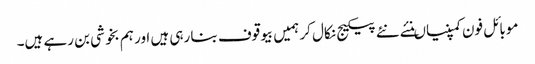
موبائل فون کمپنیاںنئے نئے پیکیج نکال کر ہمیں بیوقوف بنا رہی ہیں اور ہم بخوشی بن رہے ہیں۔